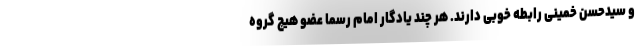
و سیدحسن خمینی رابطه خوبی دارند. هر چند یادگار امام رسما عضو هیچ گروه